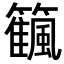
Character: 𥷜